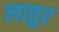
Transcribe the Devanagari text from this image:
लातुर